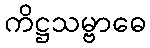
ကိဋ္ဌသမ္ဗာဓေ